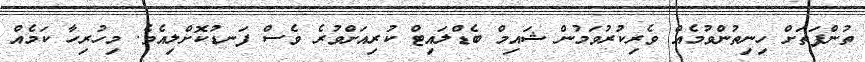
ތުންފަތަށް ހިނިތުންވުމެއް ވެރިކުރުވަމުން ޝައިމް ބެޑްލައިޓް ކުރިއަށްވުރެ ވެސް ފަނޑުކޮށްލިއެވެ. މިހުރިހާ ކަމެއް